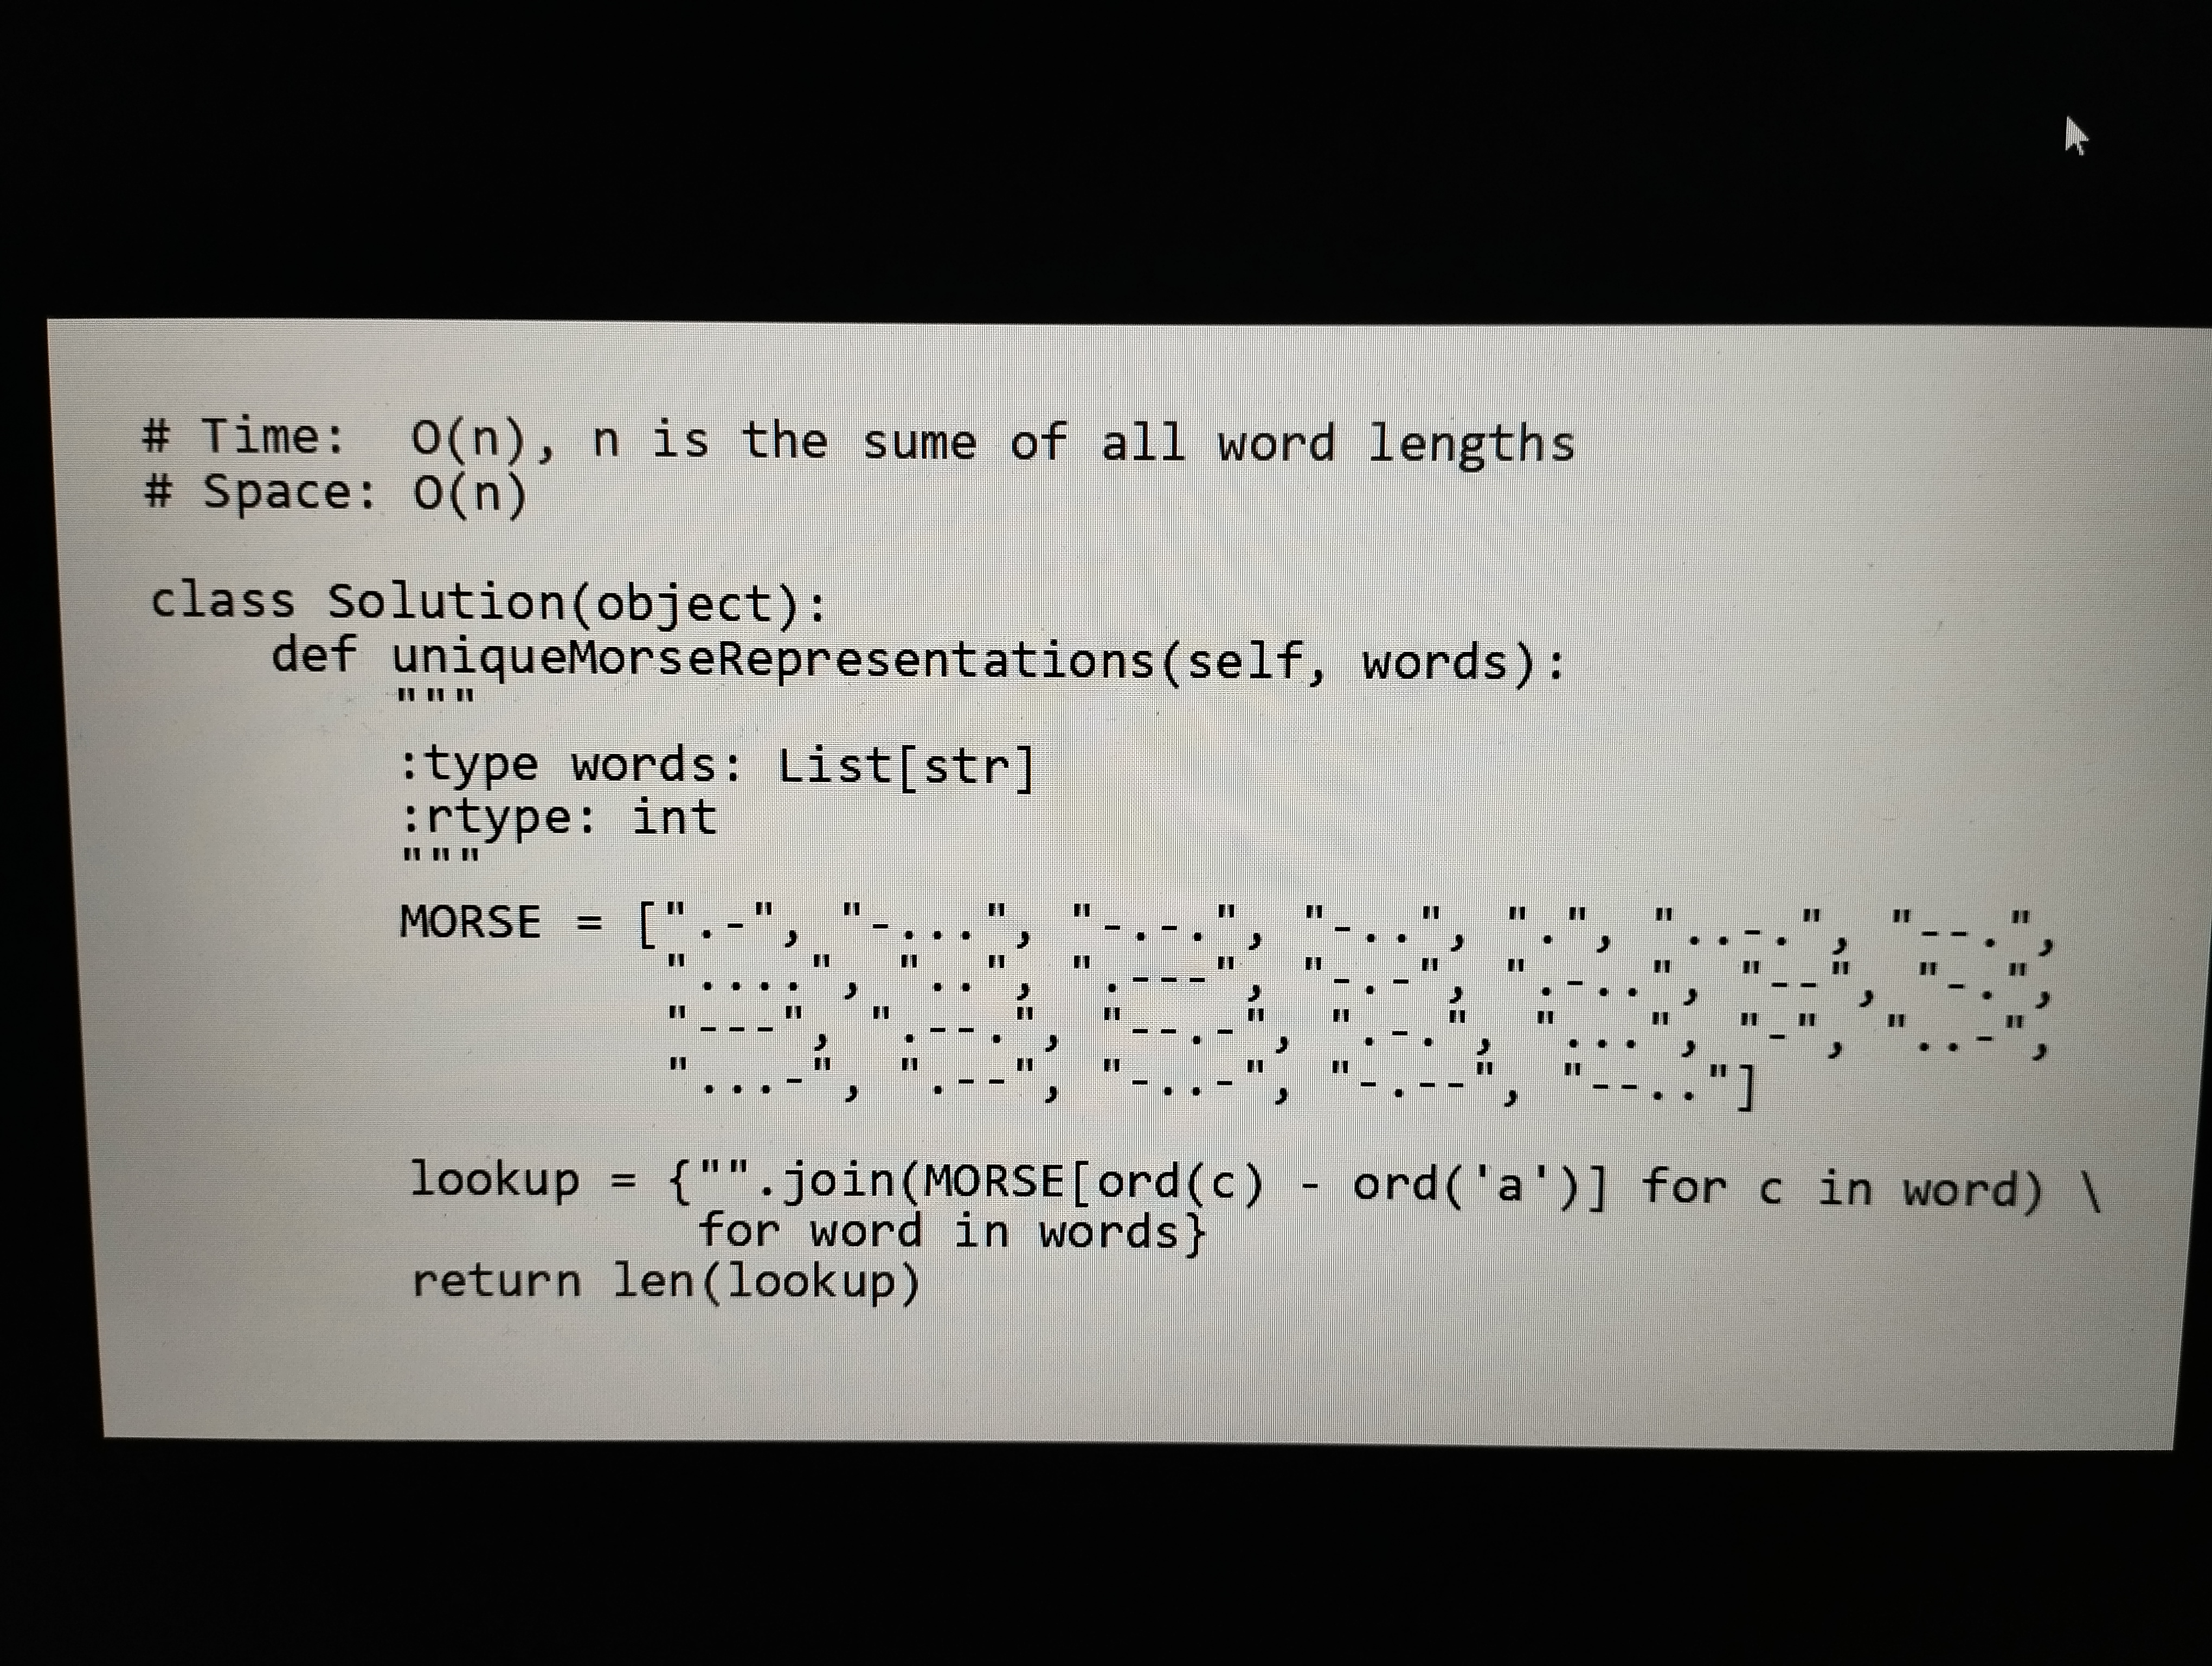
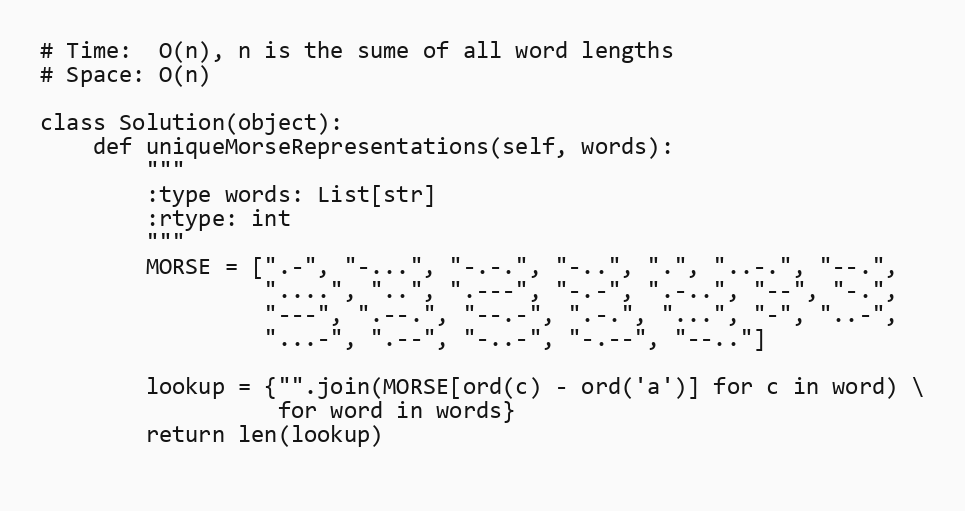
# Time:  O(n), n is the sume of all word lengths
# Space: O(n)

class Solution(object):
    def uniqueMorseRepresentations(self, words):
        """
        :type words: List[str]
        :rtype: int
        """
        MORSE = [".-", "-...", "-.-.", "-..", ".", "..-.", "--.",
                 "....", "..", ".---", "-.-", ".-..", "--", "-.",
                 "---", ".--.", "--.-", ".-.", "...", "-", "..-",
                 "...-", ".--", "-..-", "-.--", "--.."]

        lookup = {"".join(MORSE[ord(c) - ord('a')] for c in word) \
                  for word in words}
        return len(lookup)